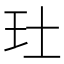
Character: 𤣰